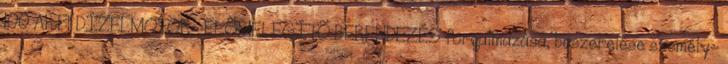
100 Ah Ft DÍZELMOTOR- ELÕMELEGÍTÕ BERENDEZÉS forgalmazása, beszerelése személy-